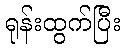
ရုန်းထွက်ပြီး